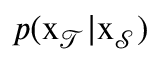
p ( \mathbf { \boldsymbol { x } } _ { \mathcal { T } } | \mathbf { \boldsymbol { x } } _ { \mathcal { S } } )